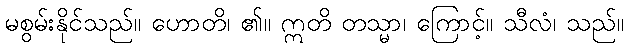
မစွမ်းနိုင်သည်။ ဟောတိ၊ ၏။ ဣတိ တသ္မာ၊ ကြောင့်။ သီလံ၊ သည်။